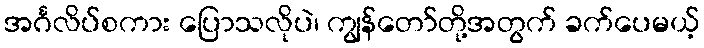
အင်္ဂလိပ်စကား ပြောသလိုပဲ၊ ကျွန်တော်တို့အတွက် ခက်ပေမယ့်